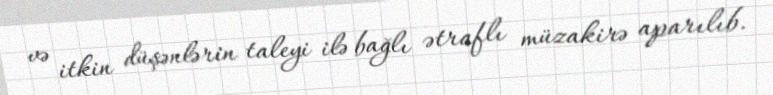
və itkin düşənlərin taleyi ilə bağlı ətraflı müzakirə aparılıb.